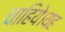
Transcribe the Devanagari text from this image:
चाहिये।यह